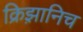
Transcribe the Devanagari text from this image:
क्रिझ़ानिच